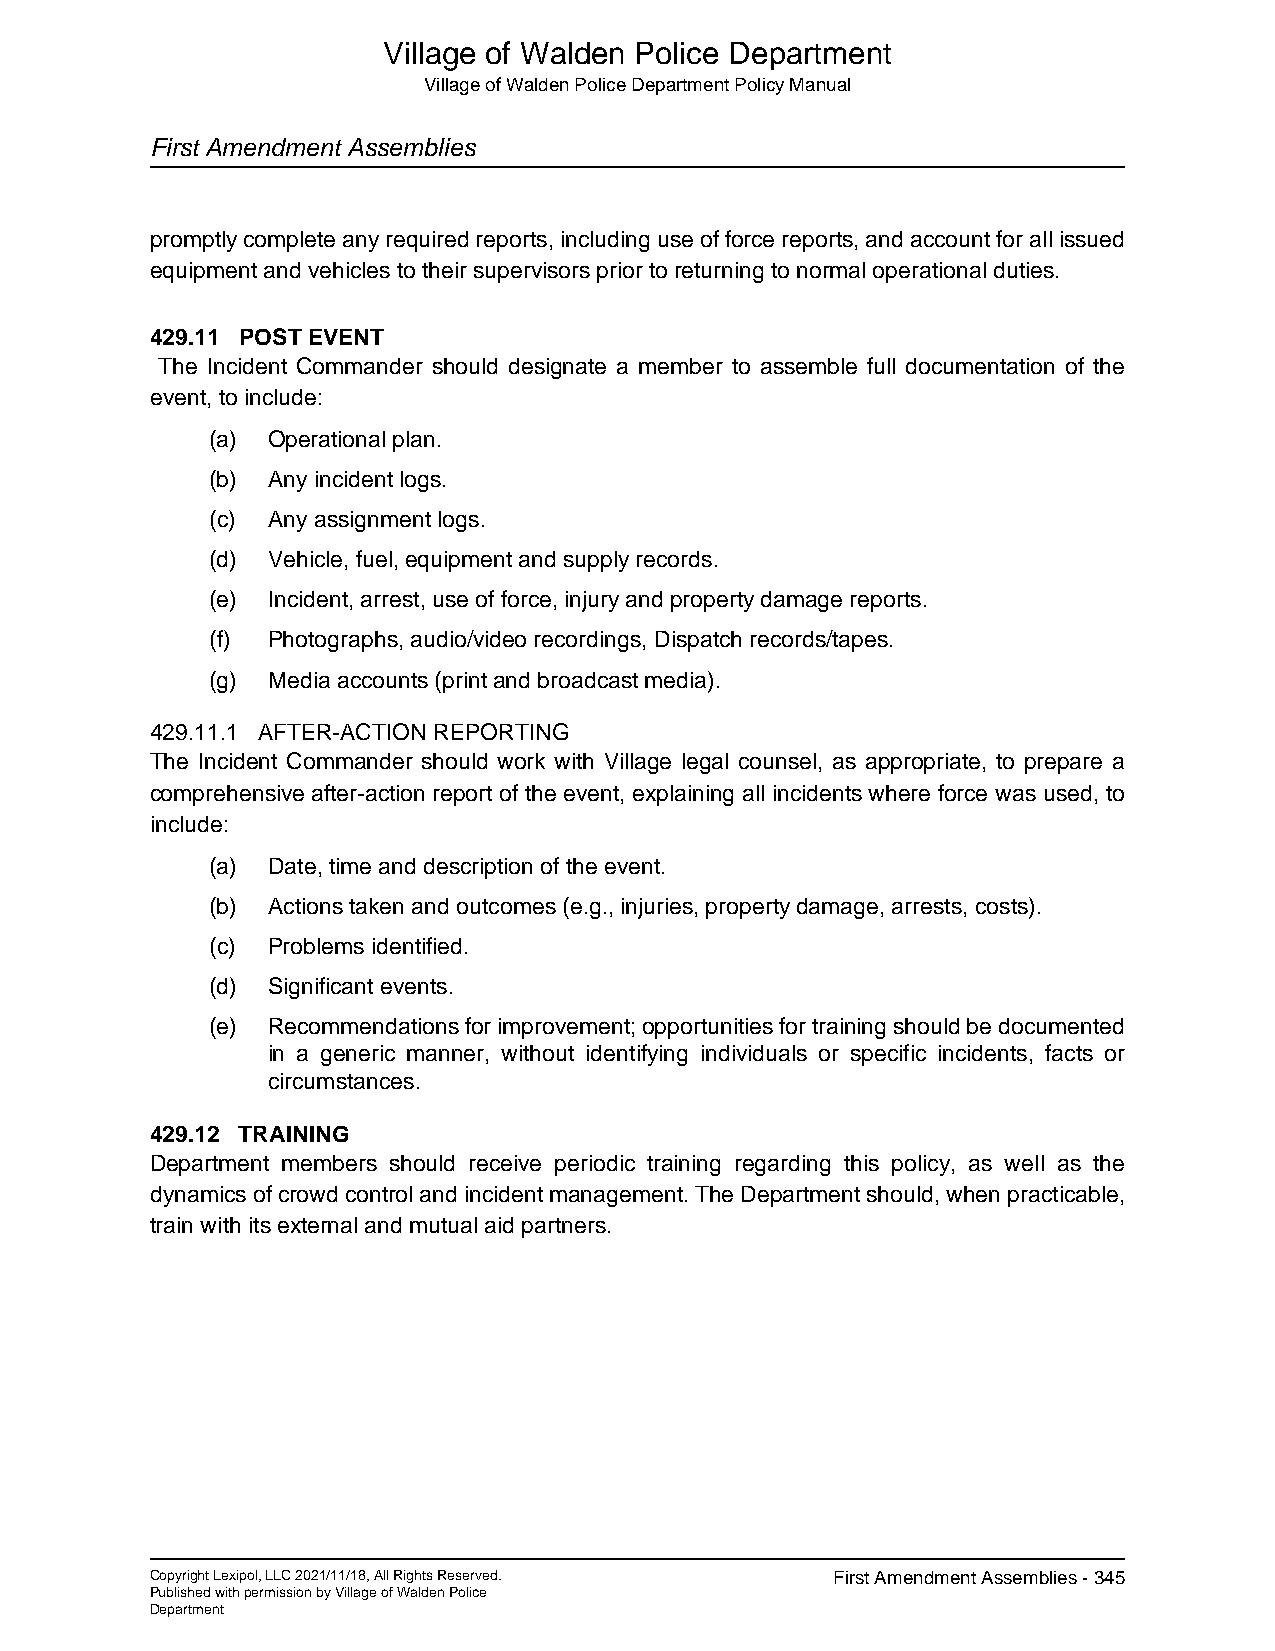
Village of Walden Police Department
 Village of Walden Police Department Policy Manual
 First Amendment Assemblies
 promptly complete any required reports, including use of force reports, and account for all issued
 equipment and vehicles to their supervisors prior to returning to normal operational duties.
 429.11 POST EVENT
 The Incident Commander should designate a member to assemble full documentation of the
 event, to include:
 (a) Operational plan.
 (b) Any incident logs.
 (c) Any assignment logs.
 (d) Vehicle, fuel, equipment and supply records.
 (e) Incident, arrest, use of force, injury and property damage reports.
 (f) Photographs, audio/video recordings, Dispatch records/tapes.
 (g) Media accounts (print and broadcast media).
 429.11.1 AFTER-ACTION REPORTING
 The Incident Commander should work with Village legal counsel, as appropriate, to prepare a
 comprehensive after-action report of the event, explaining all incidents where force was used, to
 include:
 (a) Date, time and description of the event.
 (b) Actions taken and outcomes (e.g., injuries, property damage, arrests, costs).
 (c) Problems identified.
 (d) Significant events.
 (e) Recommendations for improvement; opportunities for training should be documented
 in a generic manner, without identifying individuals or specific incidents, facts or
 circumstances.
 429.12 TRAINING
 Department members should receive periodic training regarding this policy, as well as the
 dynamics of crowd control and incident management. The Department should, when practicable,
 train with its external and mutual aid partners.
 Copyright Lexipol, LLC 2021/11/18, All Rights Reserved. First Amendment Assemblies - 345
 Published with permission by Village of Walden Police
 Department